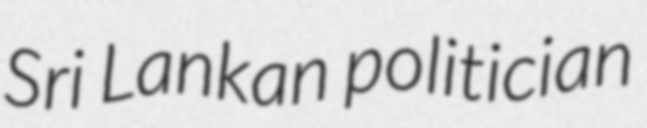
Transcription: Sri Lankan politician